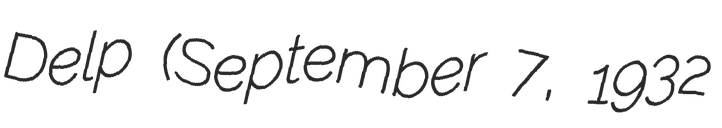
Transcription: Delp (September 7, 1932